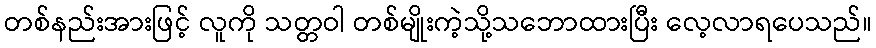
တစ်နည်းအားဖြင့် လူကို သတ္တဝါ တစ်မျိုးကဲ့သို့သဘောထားပြီး လေ့လာရပေသည်။